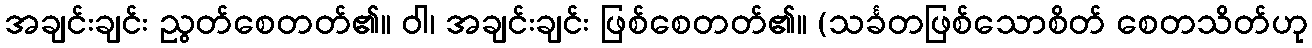
အချင်းချင်း ညွတ်စေတတ်၏။ ဝါ၊ အချင်းချင်း ဖြစ်စေတတ်၏။ (သင်္ခတဖြစ်သောစိတ် စေတသိတ်ဟု